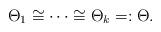
LaTeX: \begin{align*}\Theta_1\cong \cdots\cong \Theta_k=:\Theta.\end{align*}